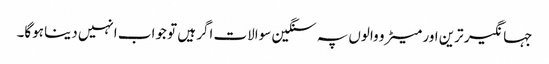
جہانگیر ترین اور میٹرو والوں پہ سنگین سوالات اگر ہیں تو جواب انہیں دینا ہوگا۔